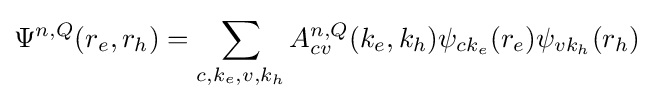
\Psi ^{n,Q}(r_{e},r_{h})=\sum _{c,k_{e},v,k_{h}}A_{cv}^{n,Q}(k_{e},k_{h})\psi _{ck_{e}}(r_{e})\psi _{vk_{h}}(r_{h})